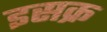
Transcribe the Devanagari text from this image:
इसक्र